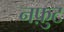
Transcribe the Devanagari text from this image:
नफ़ुट